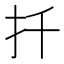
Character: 扦